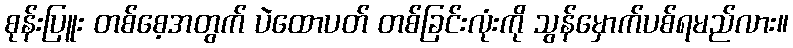
စုန်းပြူး တစ်စေ့အတွက် ပဲထောပတ် တစ်ခြင်းလုံးကို သွန်မှောက်ပစ်ရမည်လား။